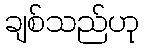
ချစ်သည်ဟု